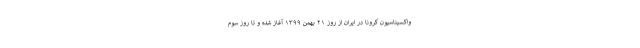
واکسیناسیون کرونا در ایران از روز ۲۱ بهمن ۱۳۹۹ آغاز شده و تا روز سوم